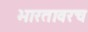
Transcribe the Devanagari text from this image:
भारतावरच